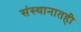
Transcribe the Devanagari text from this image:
संस्थानातही